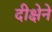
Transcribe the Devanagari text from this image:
दीक्षेने